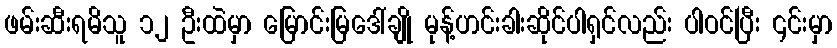
ဖမ်းဆီးရမိသူ ၁၂ ဦးထဲမှာ မြောင်းမြဒေါ်ချို မုန့်ဟင်းခါးဆိုင်ပါရှင်လည်း ပါဝင်ပြီး ၎င်းမှာ